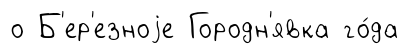
о Б'ер'езноjе Городн'явка го́да